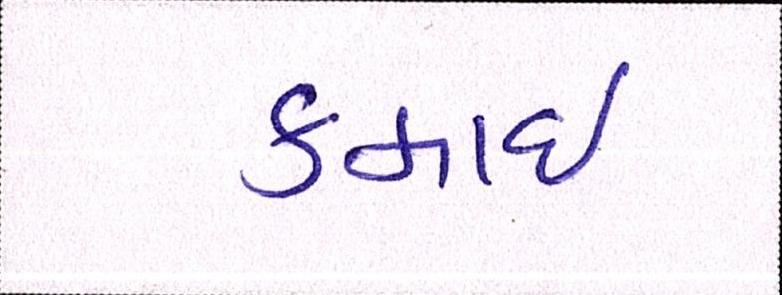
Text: કમાઈ